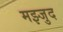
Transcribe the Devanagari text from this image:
मझ्जुद